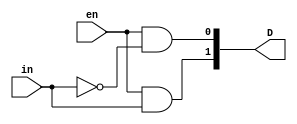
//DUT code for 4*16 decoder using 1*2 decoders in heirarchial design 

//1*2 decoder structural design at gate level
module decoder1to2(in,en,D);
	input in;
	input en;
	output [1:0] D;
	wire t;
	
	not G1(t,in);
	and G2(D[0],en,t);
	and G3(D[1],en,in);
endmodule

//2*4 decoder structural design at logic/block level
module decoder2to4(in,en,D);
	input [1:0] in;
	input en;
	output [3:0] D;
	wire [1:0] t;
	
	decoder1to2 D0(in[1],1'b1,t[1:0]);
	decoder1to2 D1(in[0],t[0],D[1:0]);
	decoder1to2 D2(in[0],t[1],D[3:2]);
endmodule

//4*16 decoder structural design at logic/block level
module decoder4to16(in,en,D);
	input [3:0] in;
	input en;
	output [15:0] D;
	wire [3:0] t;
	
	decoder2to4 D0(in[3:2],1'b1,t[3:0]);
	decoder2to4 D1(in[1:0],t[0],D[3:0]);
	decoder2to4 D2(in[1:0],t[1],D[7:4]);
	decoder2to4 D3(in[1:0],t[2],D[11:8]);
	decoder2to4 D4(in[1:0],t[3],D[15:12]);
endmodule